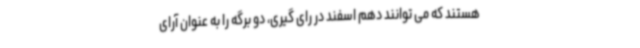
هستند که می توانند دهم اسفند در رای گیری، دو برگه را به عنوان آرای